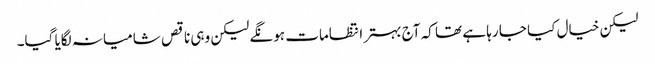
لیکن خیال کیا جا رہا ہے تھا کہ آج بہتر انتظامات ہونگے لیکن وہی ناقص شامیانہ لگایا گیا۔